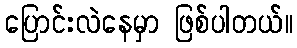
ပြောင်းလဲနေမှာ ဖြစ်ပါတယ်။